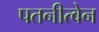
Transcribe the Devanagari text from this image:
पतनीत्वेन